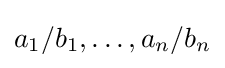
a_{1}/b_{1},\ldots ,a_{n}/b_{n}